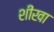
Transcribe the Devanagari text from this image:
शीखा